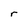
Character: r